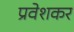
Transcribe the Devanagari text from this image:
प्रवेशकर